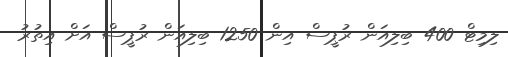
ލިމިޓް 400 ބިލިއަން ރުޕީސް އިން 1250 ބިލިއަން ރުޕީސް އަށް އިތުރު